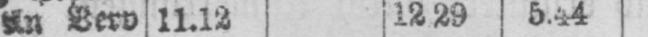
An. Verv 11.12 12.29 5.44